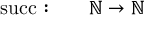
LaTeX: \begin{array} { r l } { \operatorname { s u c c } : \quad } & { { } \mathbb { N } \rightarrow \mathbb { N } } \end{array}